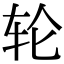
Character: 轮